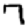
Digit: 7